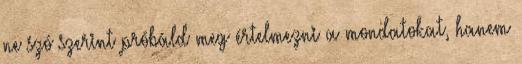
ne szó szerint próbáld meg értelmezni a mondatokat, hanem